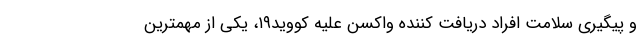
و پیگیری سلامت افراد دریافت کننده واکسن علیه کووید۱۹، یکی از مهمترین